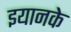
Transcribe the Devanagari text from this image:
इयानके